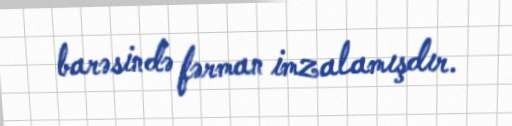
barəsində fərman imzalamışdır.